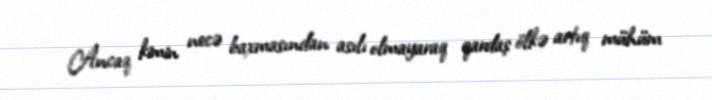
Ancaq kimin necə baxmasından asılı olmayaraq qardaş ölkə artıq mühüm